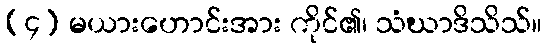
(၄) မယားဟောင်းအား ကိုင်၏၊ သံဃာဒိသိသ်။